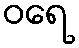
ဝရေ